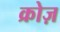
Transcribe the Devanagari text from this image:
क्रोज़